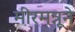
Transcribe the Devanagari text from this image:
मीरमन्नूने